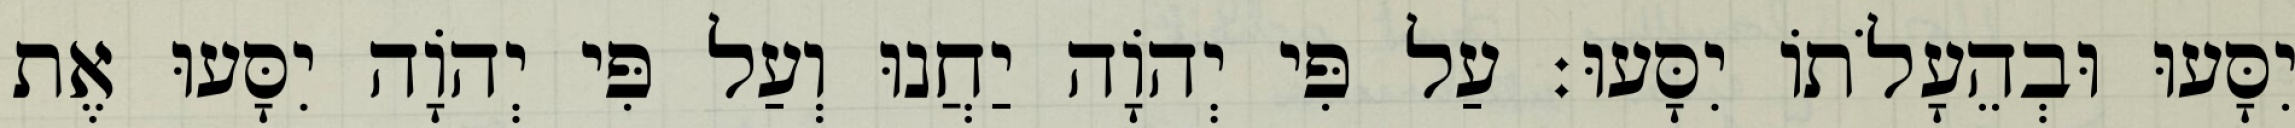
יִסָּעוּ וּבְהֵעָלֹתוֹ יִסָּעוּ׃ עַל פִּי יְהוָֹה יַחֲנוּ וְעַל פִּי יְהוָֹה יִסָּעוּ אֶת